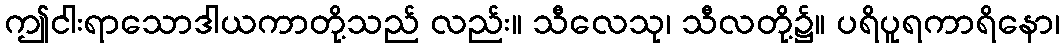
ဤငါးရာသောဒါယကာတို့သည် လည်း။ သီလေသု၊ သီလတို့၌။ ပရိပူရကာရိနော၊